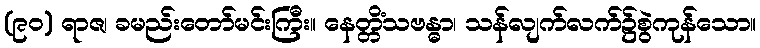
(၉၀) ရာဇ၊ ခမည်းတော်မင်းကြီး။ နေတ္တိံသဗန္ဓာ၊ သန်လျက်လက်၌စွဲကုန်သော။